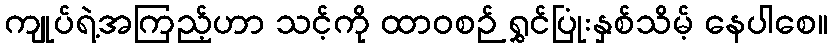
ကျုပ်ရဲ့အကြည့်ဟာ သင့်ကို ထာဝစဉ် ရွှင်ပြုံးနှစ်သိမ့် နေပါစေ။